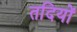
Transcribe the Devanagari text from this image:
तदियों